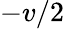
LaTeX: -v/2